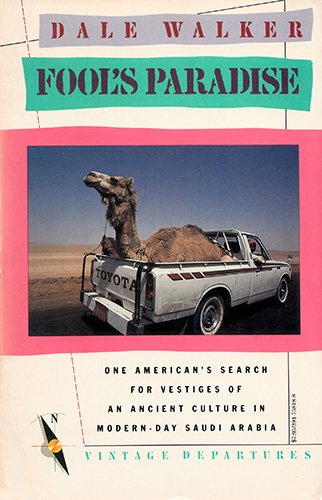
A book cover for Fool's Paradise; Dale Walker; Travel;